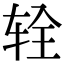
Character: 辁